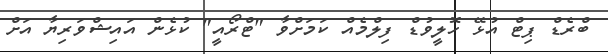
ބްރެޑް ޕިޓް އުޅޭ ހޮލީވުޑް ފިލްމެއް ކަމަށްވާ "ޓްރޯއީ" ކުޅެން އައިޝްވަރިޔާ އަށް